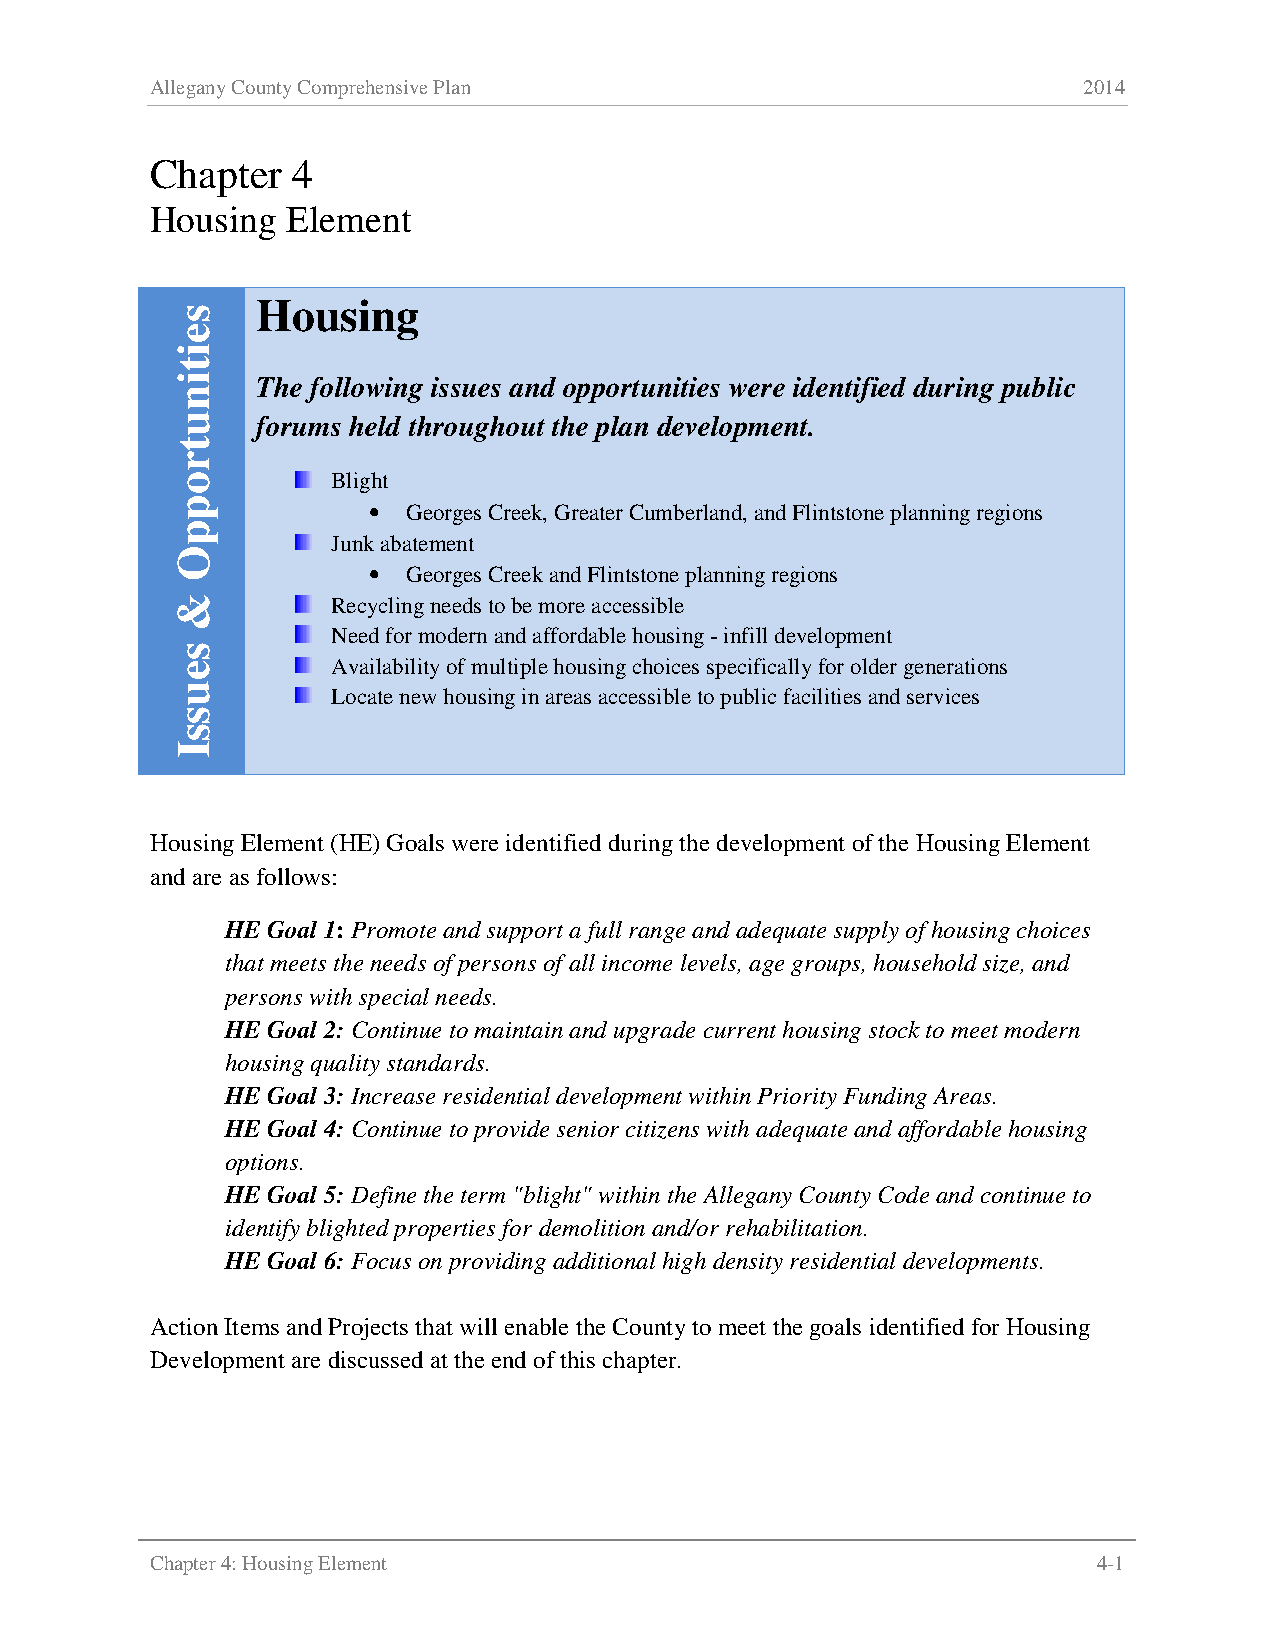
Allegany County Comprehensive Plan                            2014
 Chapter  4
 Housing  Element
 Housing
 The following issues and opportunities were identified during public
 forums held throughout the plan development.
 Blight
 •  Georges Creek, Greater Cumberland, and Flintstone planning regions
 Junk abatement
 •  Georges Creek and Flintstone planning regions
 Recycling needs to be more accessible
 Need for modern and affordable housing - infill development
 Availability of multiple housing choices specifically for older generations
 Locate new housing in areas accessible to public facilities and services
 Housing Element (HE) Goals were identified during the development of the Housing Element
 and are as follows:
 HE Goal 1: Promote and support a full range and adequate supply of housing choices
 that meets the needs of persons of all income levels, age groups, household size, and
 persons with special needs.
 HE Goal 2: Continue to maintain and upgrade current housing stock to meet modern
 housing quality standards.
 HE Goal 3: Increase residential development within Priority Funding Areas.
 HE Goal 4: Continue to provide senior citizens with adequate and affordable housing
 options.
 HE Goal 5: Define the term "blight" within the Allegany County Code and continue to
 identify blighted properties for demolition and/or rehabilitation.
 HE Goal 6: Focus on providing additional high density residential developments.
 Action Items and Projects that will enable the County to meet the goals identified for Housing
 Development are discussed at the end of this chapter.
 Chapter 4: Housing Element                                     4-1
 seitinutroppO
 &
 seussI